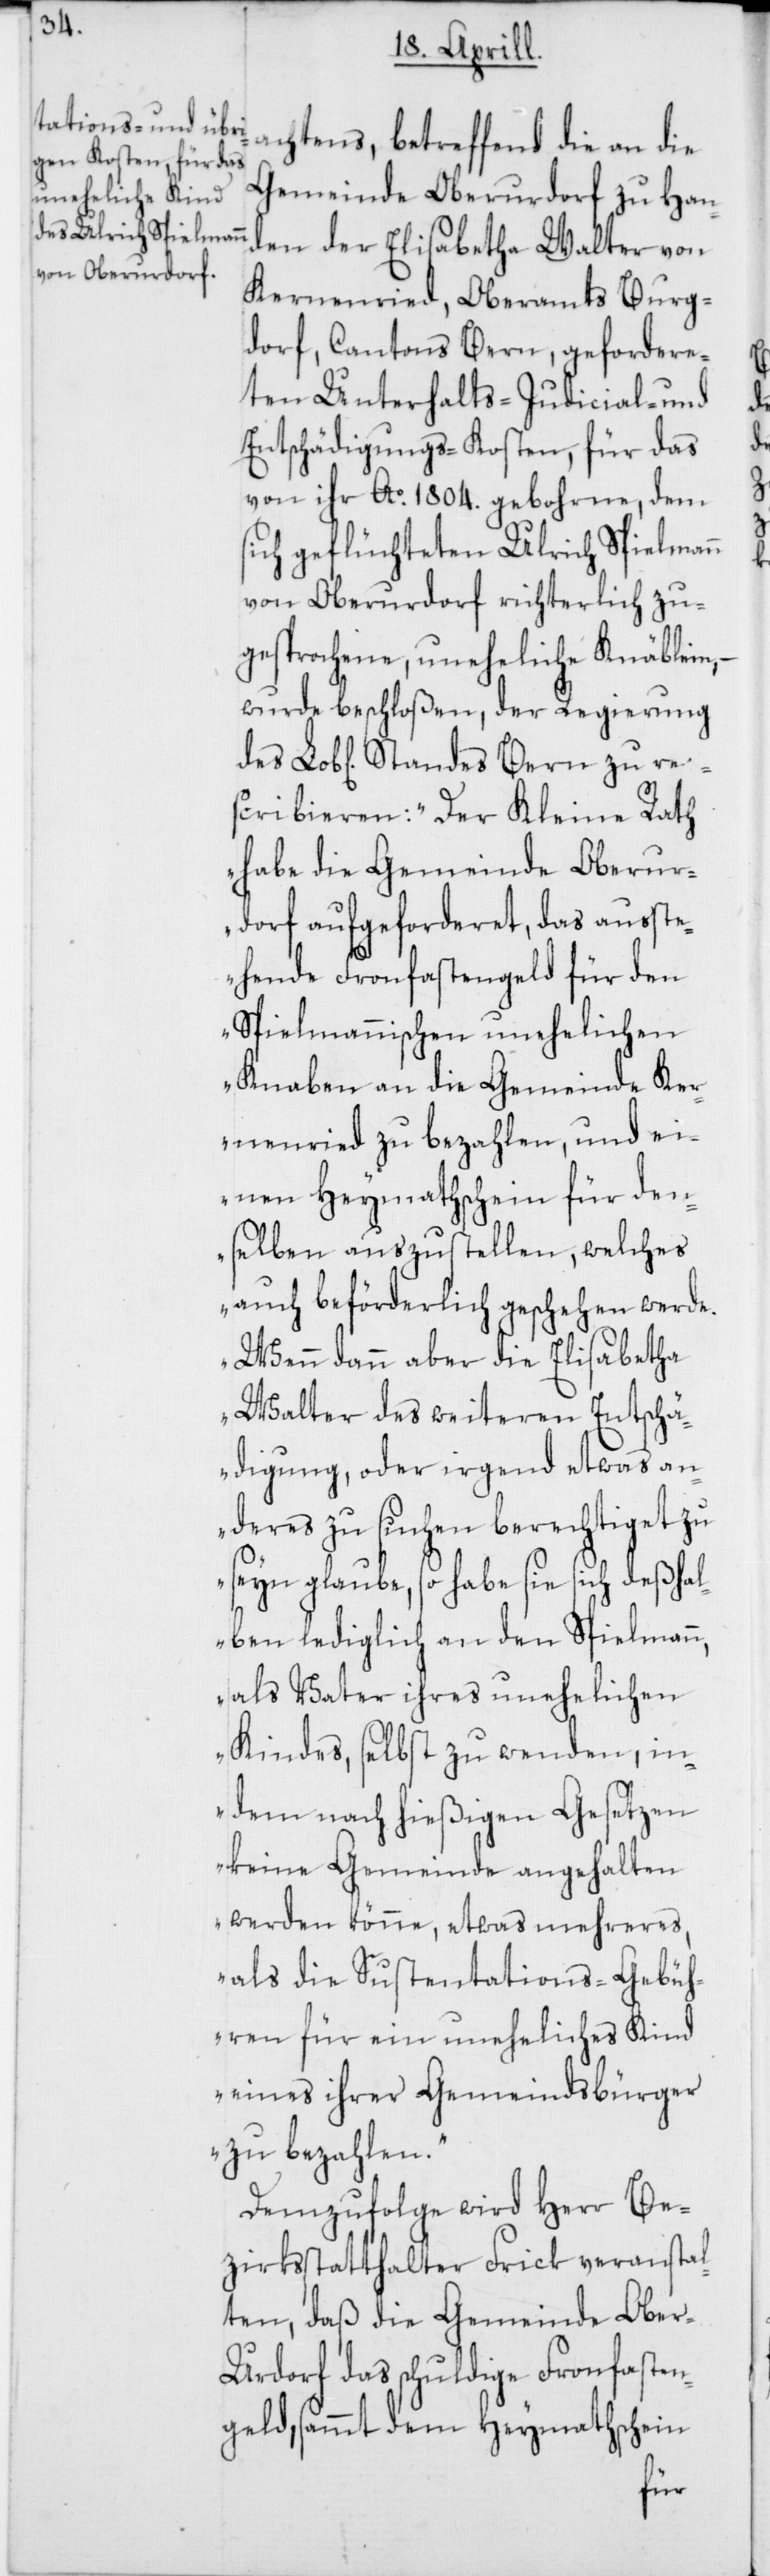
Gemeinde Oberurdorf zu Han¬
den der Elisabetha Walter von
Kernenried [sic!], Oberamts Burg¬
dorf, Cantons Bern, gefordere¬
ten Unterhalts-[,] Judicial- und
Entschädigungs-Kosten für das
von ihr Ao 1804. gebohrne, dem
sich geflüchteten Ulrich Spielmann
von Oberurdorf richterlich zu¬
gesprochene, uneheliche Knäblein, –
wurde beschloßen, der Regierung
scribieren: „Der Kleine Rath
habe die Gemeinde Oberur¬
dorf aufgeforderet, das außt¬
ehende Fronfastengeld für den
Spielmannischen unehelichen
Knaben an die Gemeinde Ker¬
nenried zu bezahlen, und ei¬
nen Heymathschein für den¬
selben auszustellen, welches
auch beförderlich geschehen werde.
Wenn dann aber die Elisabetha
Walter des weiteren Entschä¬
digung oder irgend etwas an¬
deres zu suchen berechtiget zu
seyn glaube, so habe sie sich deßhal¬
ben lediglich an den Spielmann,
als Vater ihres unehelichen
Kindes, selbst zu wenden, in¬
dem nach hießigen Gesetzen
keine Gemeinde angehalten
werden könne, etwas Mehreres,
als die Sustentations-Gebüh¬
ren für ein uneheliches Kind
eines ihrer Gemeindsbürger
zu bezahlen.“
Demzufolge wird Herr Be¬
zirkssttathalter Frick veranstal¬
ten, daß die Gemeinde Ober-U¬
rdorf das schuldige Fronfasten¬
geld, sammt dem Heymathschein
re¬